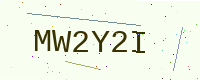
Text: MW2Y2I